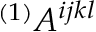
{ } ^ { ( 1 ) } A ^ { i j k l }